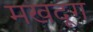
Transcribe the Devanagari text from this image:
मखदूग